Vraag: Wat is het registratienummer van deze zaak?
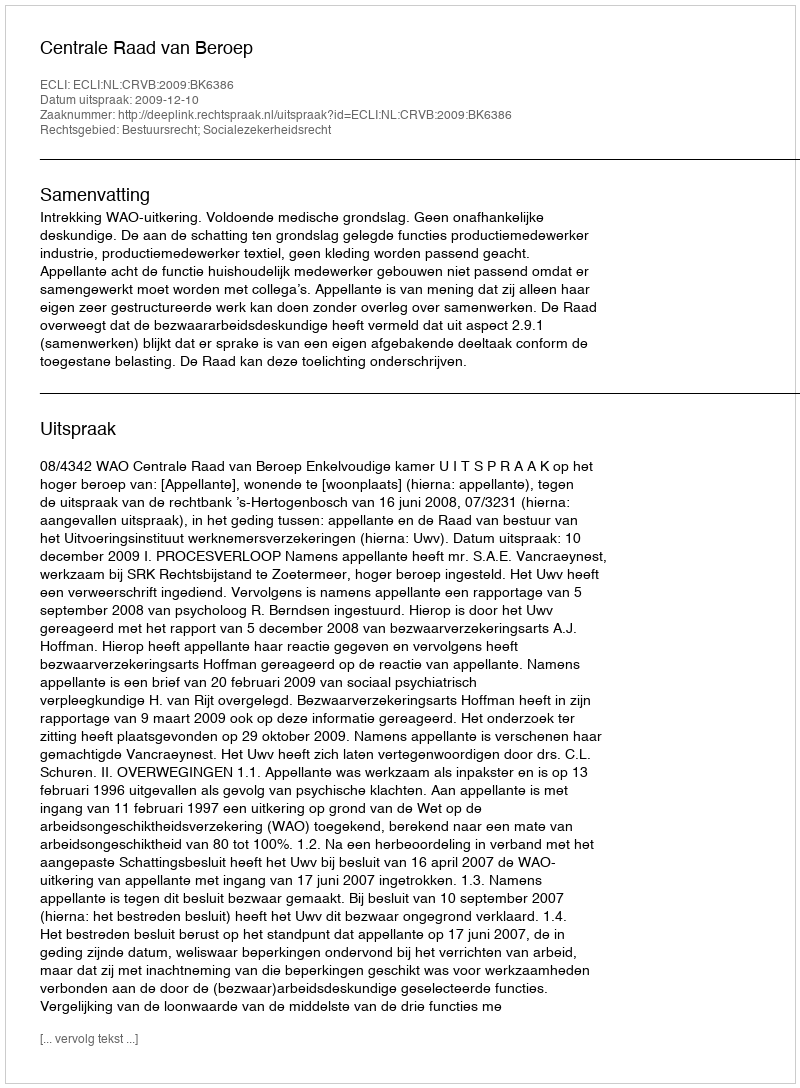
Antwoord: http://deeplink.rechtspraak.nl/uitspraak?id=ECLI:NL:CRVB:2009:BK6386